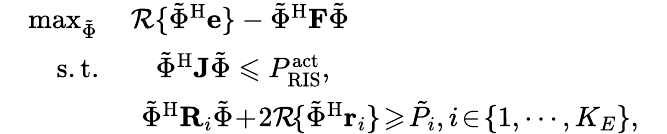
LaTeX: \begin{array}{rlr}&{\operatorname*{max}_{{\tilde{{\Phi}}}}\quad{\mathcal{R}}\{ {\tilde{{\Phi}}}^{\mathrm H}{\mathbf e}\} -\tilde{{\Phi}}^{\mathrm H}{\mathbf{F}}\tilde{{\Phi}}}&\\ &{\quad\mathrm{s.t.}\quad\quad{{\tilde{{\Phi}}}}^{\mathrm H}{\mathbf{J}}{{\tilde{{\Phi}}}}\leqslant P_{\mathrm{RIS}}^{\mathrm{act}},}\\ &{\quad\quad\quad\quad{{\tilde{{\Phi}}}}^{\mathrm H}{\mathbf{R}}_{i}{{\tilde{{\Phi}}}}\! +\! 2{\mathcal{R}}\! \{ {{\tilde{{\Phi}}}}^{\mathrm H}{\mathbf{r}}_{i}\} \! \geqslant\! \tilde{P_{{i}}},i\! \in\! \{ 1,\cdots,K_{E}\} ,}\end{array}